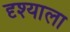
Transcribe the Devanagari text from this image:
दृश्याला